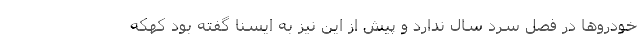
خودروها در فصل سرد سال ندارد و پیش از این نیز به ایسنا گفته بود کهکه